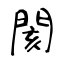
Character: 閡